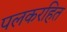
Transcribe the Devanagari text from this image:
पलकरहित